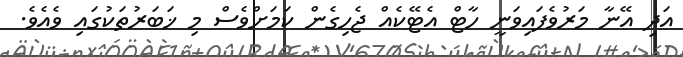
އަދި އޭނާ މަރުވެފައިވަނީ ހާޓް އެޓޭކެއް ޖެހިގެން ކަމަށްވެސް މި ޚަބަރުތަކުގައި ވެއެވެ.